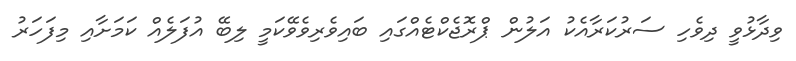
ވިދާޅުވީ ދިވެހި ސަރުކަރާއެކު އަލުން ޕްރޮޖެކްޓެއްގައި ބައިވެރިވެވޭކަމީ ލިބޭ އުފަލެއް ކަމަށާއި މިފަހަރު